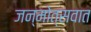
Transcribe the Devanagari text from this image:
जन्मोत्सवात